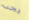
يجب